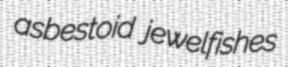
asbestoid jewelfishes